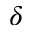
\delta